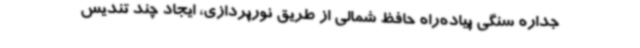
جداره سنگی پیاده‌راه حافظ شمالی از طریق نورپردازی، ایجاد چند تندیس